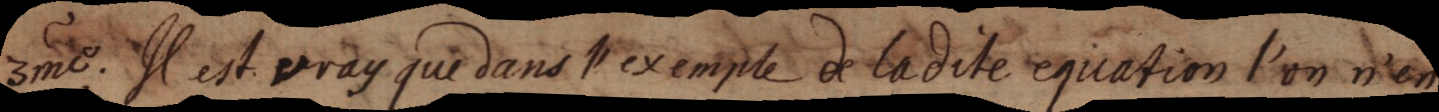
3me. Il est vray que dans l’exemple de ladite equation l’on n’en